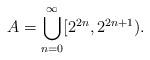
LaTeX: \begin{align*}A = \bigcup_{n=0}^\infty [2^{2n},2^{2n+1}).\end{align*}